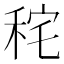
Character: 秺